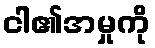
ငါ၏အမှုကို